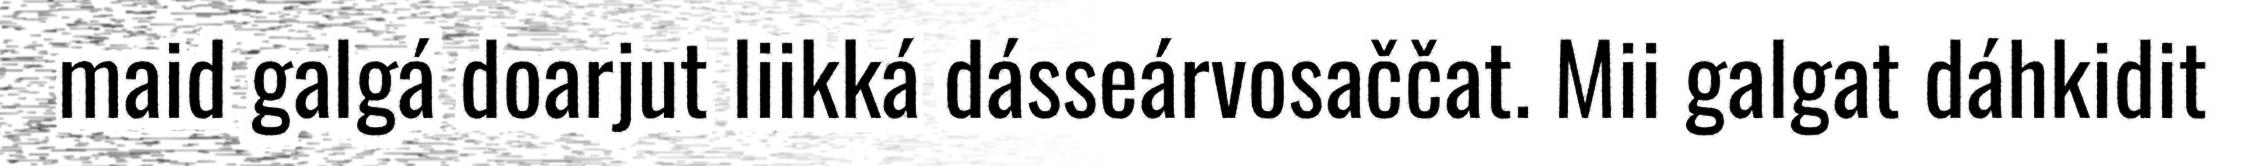
maid galgá doarjut liikká dásseárvosaččat. Mii galgat dáhkidit